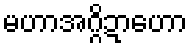
မဟာအဂ္ဂိဍာဟော